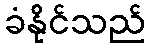
ခံနိုင်သည်